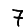
Digit: 7